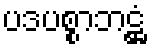
ပဒပစ္စာဘဋ္ဌံ